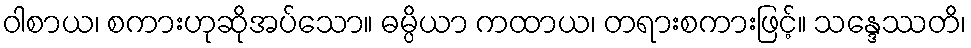
ဝါစာယ၊ စကားဟုဆိုအပ်သော။ ဓမ္ပိယာ ကထာယ၊ တရားစကားဖြင့်။ သန္ဒေဿတိ၊